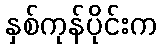
နှစ်ကုန်ပိုင်းက